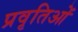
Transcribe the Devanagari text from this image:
प्रवृतिओं